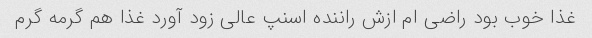
غذا خوب بود راضی ام ازش راننده اسنپ عالی زود آورد غذا هم گرمه گرم